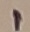
Text: 1